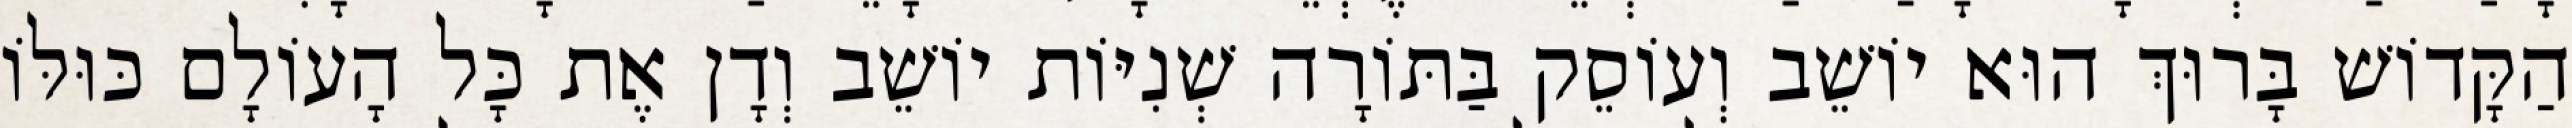
הַקָּדוֹשׁ בָּרוּךְ הוּא יוֹשֵׁב וְעוֹסֵק בַּתּוֹרָה שְׁנִיּוֹת יוֹשֵׁב וְדָן אֶת כָּל הָעוֹלָם כּוּלּוֹ